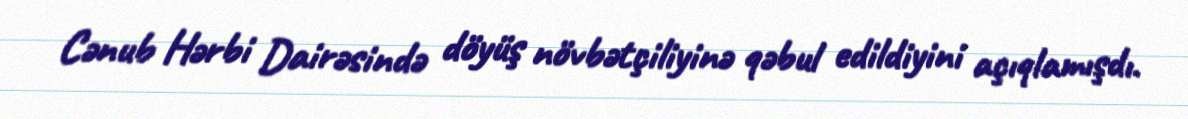
Cənub Hərbi Dairəsində döyüş növbətçiliyinə qəbul edildiyini açıqlamışdı.